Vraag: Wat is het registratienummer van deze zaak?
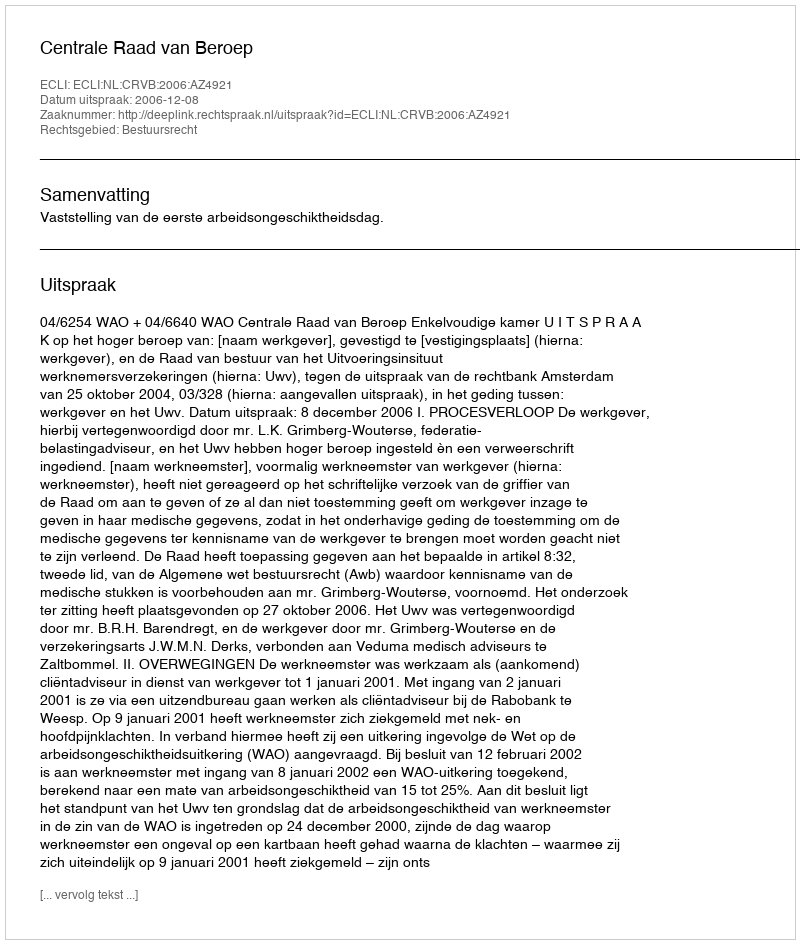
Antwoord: http://deeplink.rechtspraak.nl/uitspraak?id=ECLI:NL:CRVB:2006:AZ4921